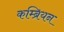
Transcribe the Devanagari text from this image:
कम्ब्रियन